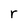
Character: r